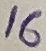
Text: 16